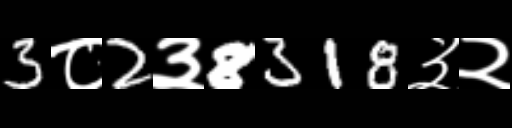
Text: 3८2३8318३२